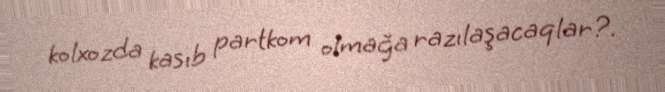
kolxozda kasıb partkom olmağa razılaşacaqlar?.